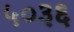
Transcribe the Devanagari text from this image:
५०३६